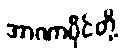
အာဏာပိုင်တို့